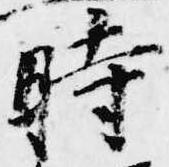
時